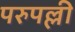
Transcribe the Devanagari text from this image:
परुपल्ली